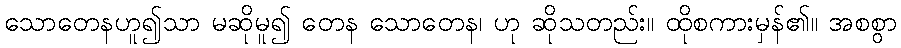
သောတေနဟူ၍သာ မဆိုမူ၍ တေန သောတေန၊ ဟု ဆိုသတည်း။ ထိုစကားမှန်၏။ အစစွာ